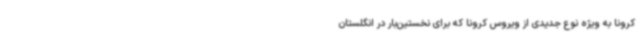
کرونا به ویژه نوع جدیدی از ویروس کرونا که برای نخستین‌بار در انگلستان